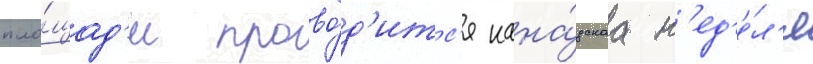
пло́щад'и прово́д'итс'я кана́дскаа н'ед'е́л'я